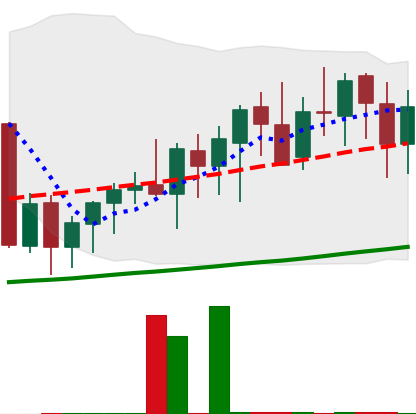
Ticker: XMR-USD
Chart end date: 2020-09-22
Forward return: 4.548%
Label: up_3_5